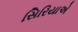
સિરિયાએ